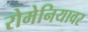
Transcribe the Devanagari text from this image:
रोमेनियावर